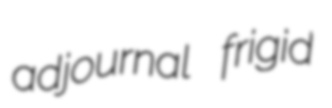
adjournal frigid